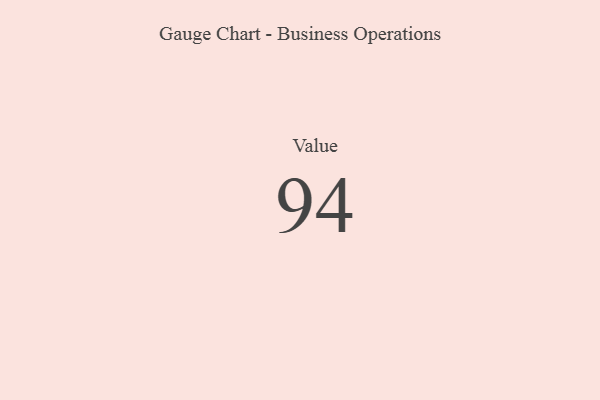
{"axis": {"x": "Metric", "y": "Value"}, "legend": [""], "data": [{"x": "Value", "y": 94, "type": ""}]}